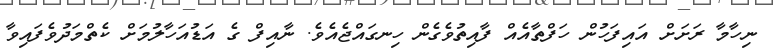
ނިހާމާ ރަށަށް އައިފަހުން ހަފްތާއެއް ފާއިތުވެގެން ހިނގައްޖެއެވެ. ނާއިފް ގެ އަޑުއަހާލުމަށް ކެތްމަދުވެފައިވާ